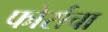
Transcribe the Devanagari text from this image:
फोर्सचा